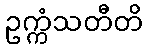
ဥက္ကံသတီတိ